Vaccination United Provinces of Agra and Oudh 1923-1928 - 1923-1928
Year: 1923
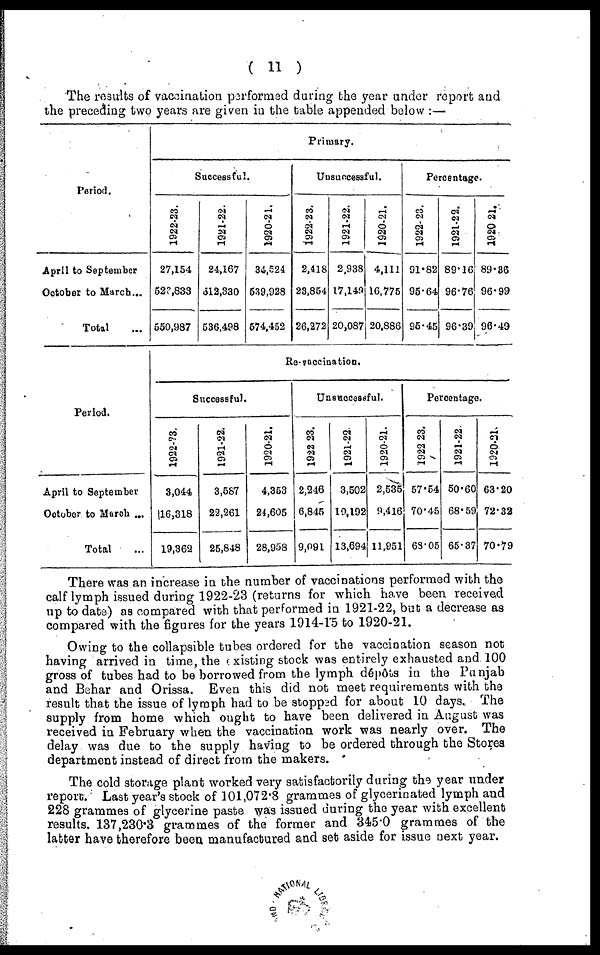
( 11 )
The results of vaccination performed during the year under report and
the preceding two years are given in the table appended below :—
Period.
April to September ...
October to March ...
Total
Primary.
Successful.
1922-23.
27,154
523,833
550,987
1921-22.
24,167
512,330
536,498
1920-21.
34,524
539,928
574,452
Unsuccessful.
1922-23.
2,418
23,854
26,272
1921-22.
2,938
17,149
20,087
1920-21.
4,111
16,775
20,886
Percentage.
1922-23.
91.82
95.64
95.45
1921-22.
89.16
96.76
96.39
1920-21.
89.36
96.99
96.49
Period.
April to September ...
October to March ...
Total ...
Re-vaccination.
Successful.
1922-23.
3,044
16,318
19,362
1921-22.
3,587
22,261
25,848
1920-21.
4,353
24,605
28,958
Unsuccessful.
1922-23.
2,246
6,845
9,091
1921-22
3,502
19,192
13,694
1920-21.
2,535
9,416
11,951
Percentage.
1922-23.
57.54
70.45
68.05
1921-22
50.60
68.59
65.87
1920-21.
63.20
72.32
70.79
There was an increase in the number of vaccinations performed with the
calf lymph issued during 1922-23 (returns for which have been received
up to date) as compared with that performed in 1921-22, but a decrease as
compared with the figures for the years 1914-15 to 1920-21.
Owing to the collapsible tubes ordered for the vaccination season not
having arrived in time, the existing stock was entirely exhausted and 100
gross of tubes had to be borrowed from the lymph dépôts in the Punjab
and Behar and Orissa. Even this did not meet requirements with the
result that the issue of lymph had to be stopped for about 10 days. The
supply from home which ought to have been delivered in August was
received in February when the vaccination work was nearly over. The
delay was due to the supply having to be ordered through the Stores
department instead of direct from the makers.
The cold storage plant worked very satisfactorily during the year under
report. Last year's stock of 101,072.8 grammes of glycerinated lymph and
228 grammes of glycerine paste was issued during the year with excellent
results. 137,230.3 grammes of the former and 345.0 grammes of the
latter have therefore been manufactured and set aside for issue next year.